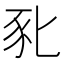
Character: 𰶤